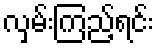
လှမ်းကြည့်ရင်း